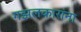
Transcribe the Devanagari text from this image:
गझलकारांना